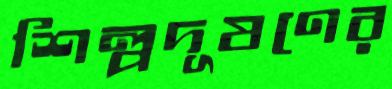
শিল্পদূষণের